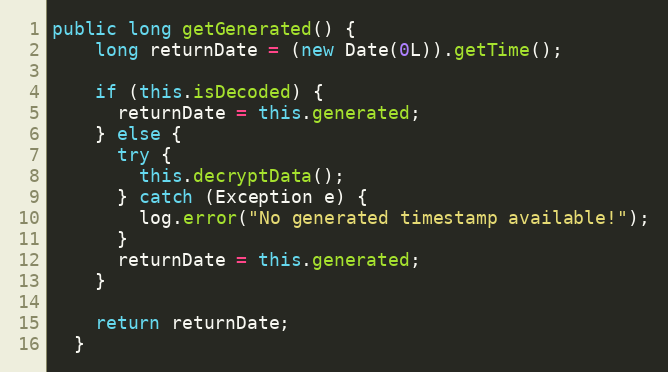
Language: Java
public long getGenerated() {
    long returnDate = (new Date(0L)).getTime();

    if (this.isDecoded) {
      returnDate = this.generated;
    } else {
      try {
        this.decryptData();
      } catch (Exception e) {
        log.error("No generated timestamp available!");
      }
      returnDate = this.generated;
    }

    return returnDate;
  }